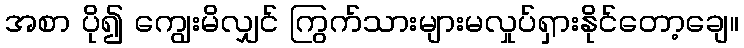
အစာ ပို၍ ကျွေးမိလျှင် ကြွက်သားများမလှုပ်ရှားနိုင်တော့ချေ။